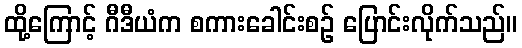
ထို့ကြောင့် ဂီဒီယံက စကားခေါင်းစဉ် ပြောင်းလိုက်သည်။